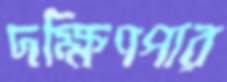
দক্ষিণপার